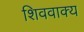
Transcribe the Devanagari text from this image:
शिववाक्य